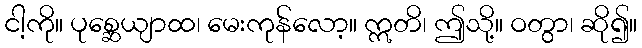
ငါ့ကို။ ပုစ္ဆေယျာထ၊ မေးကုန်လော့။ ဣတိ၊ ဤသို့။ ဝတွာ၊ ဆို၍။